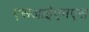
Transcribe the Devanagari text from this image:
एसआईएमएस